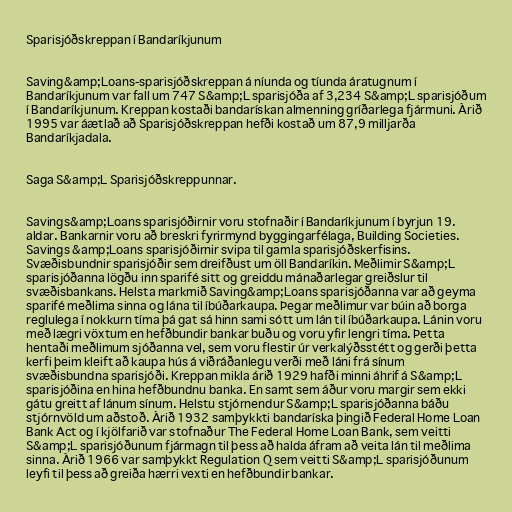
Sparisjóðskreppan í Bandaríkjunum

Saving&amp;Loans-sparisjóðskreppan á níunda og tíunda áratugnum í
Bandaríkjunum var fall um 747 S&amp;L sparisjóða af 3,234 S&amp;L sparisjóðum
í Bandaríkjunum. Kreppan kostaði bandarískan almenning gríðarlega fjármuni. Árið
1995 var áætlað að Sparisjóðskreppan hefði kostað um 87,9 milljarða
Bandaríkjadala.

Saga S&amp;L Sparisjóðskreppunnar.

Savings&amp;Loans sparisjóðirnir voru stofnaðir í Bandaríkjunum í byrjun 19.
aldar. Bankarnir voru að breskri fyrirmynd byggingarfélaga, Building Societies.
Savings &amp;Loans sparisjóðirnir svipa til gamla sparisjóðskerfisins.
Svæðisbundnir sparisjóðir sem dreifðust um öll Bandaríkin. Meðlimir S&amp;L
sparisjóðanna lögðu inn sparifé sitt og greiddu mánaðarlegar greiðslur til
svæðisbankans. Helsta markmið Saving&amp;Loans sparisjóðanna var að geyma
sparifé meðlima sinna og lána til íbúðarkaupa. Þegar meðlimur var búin að borga
reglulega í nokkurn tíma þá gat sá hinn sami sótt um lán til íbúðarkaupa. Lánin voru
með lægri vöxtum en hefðbundir bankar buðu og voru yfir lengri tíma. Þetta
hentaði meðlimum sjóðanna vel, sem voru flestir úr verkalýðsstétt og gerði þetta
kerfi þeim kleift að kaupa hús á viðráðanlegu verði með láni frá sínum
svæðisbundna sparisjóði. Kreppan mikla árið 1929 hafði minni áhrif á S&amp;L
sparisjóðina en hina hefðbundnu banka. En samt sem áður voru margir sem ekki
gátu greitt af lánum sínum. Helstu stjórnendur S&amp;L sparisjóðanna báðu
stjórnvöld um aðstoð. Árið 1932 samþykkti bandaríska þingið Federal Home Loan
Bank Act og í kjölfarið var stofnaður The Federal Home Loan Bank, sem veitti
S&amp;L sparisjóðunum fjármagn til þess að halda áfram að veita lán til meðlima
sinna. Árið 1966 var samþykkt Regulation Q sem veitti S&amp;L sparisjóðunum
leyfi til þess að greiða hærri vexti en hefðbundir bankar.